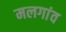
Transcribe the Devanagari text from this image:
मलगांव